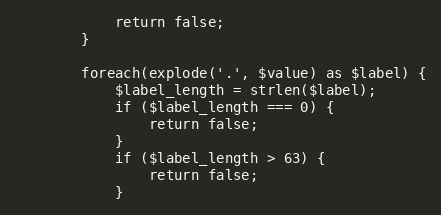
Language: PHP
			return false;
		}

		foreach(explode('.', $value) as $label) {
			$label_length = strlen($label);
			if ($label_length === 0) {
				return false;
			}
			if ($label_length > 63) {
				return false;
			}